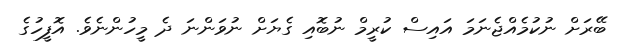
ބޭރަށް ނުކުމެއްޖެނަމަ އައިސް ކުރީމް ނުބޮއި ގެޔަށް ނުވަންނަ ދެ މީހުންނެވެ. އޮފީހުގެ